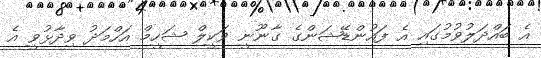
އެ ބައްދަލުވުމުގައި އެ ފައުންޑޭޝަންގެ ގާނޫނީ ވަކީލް ޝަހީމް އަހްމަދު ވިދާޅުވީ އެ